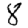
Digit: 8